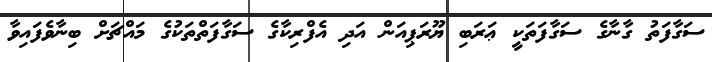
ސަގާފަތު ގާނާގެ ސަގާފަތަކީ ޢަރަބި ޔޫރަޕިއަން އަދި އެފްރިކާގެ ސަގާފަތްތަކުގެ މައްޗަށް ބިނާވެފައިވާ